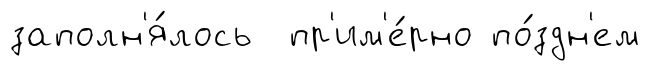
заполн'я́лось пр'им'е́рно по́здн'ем